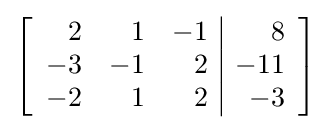
\left[{\begin{array}{rrr|r}2&1&-1&8\\-3&-1&2&-11\\-2&1&2&-3\end{array}}\right]